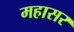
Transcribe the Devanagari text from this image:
महासर